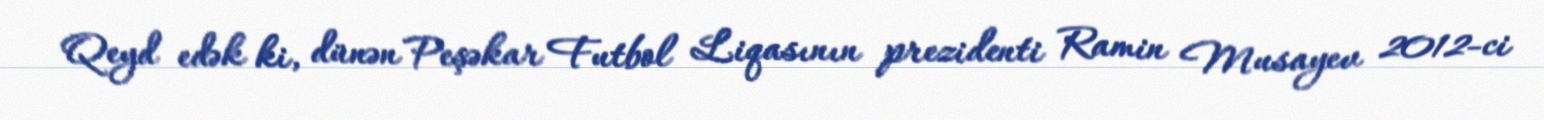
Qeyd edək ki, dünən Peşəkar Futbol Liqasının prezidenti Ramin Musayev 2012-ci